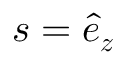
\boldsymbol { s } = \boldsymbol { \hat { e } _ { z } }